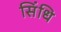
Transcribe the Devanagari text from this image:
सिंधि